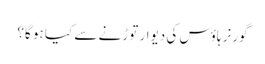
گورنر ہاؤس کی دیوار توڑنے سے کیا ہو گا؟